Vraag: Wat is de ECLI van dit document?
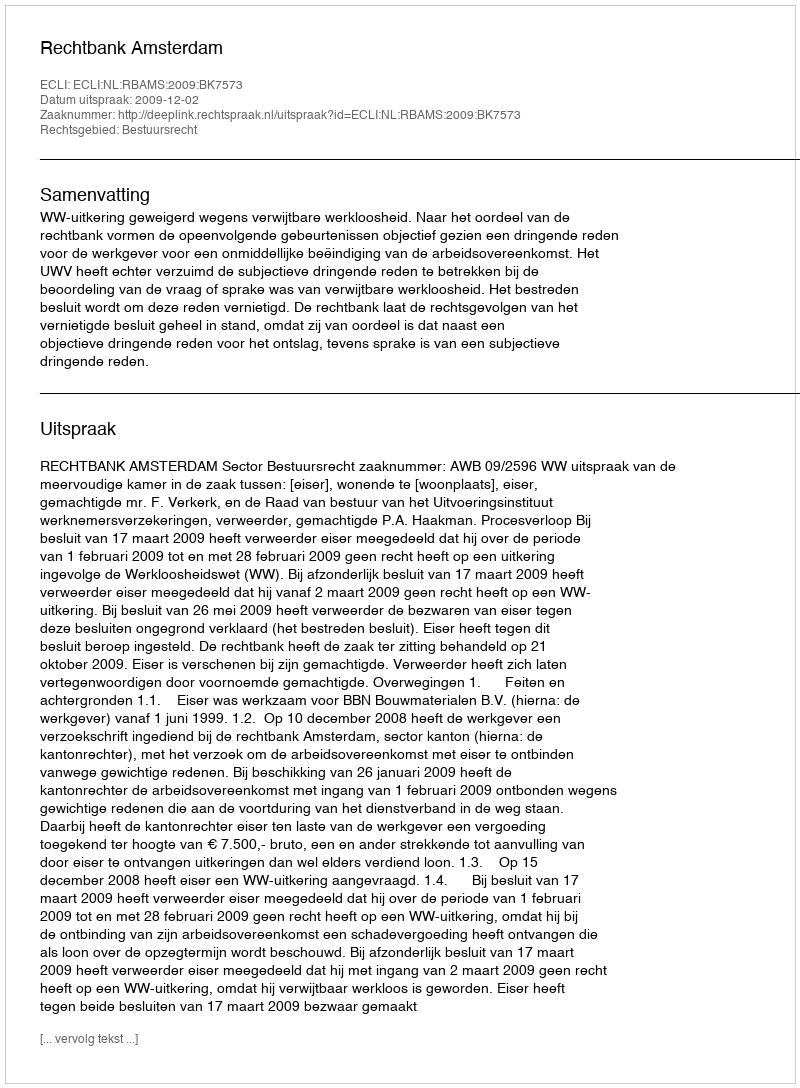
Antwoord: ECLI:NL:RBAMS:2009:BK7573